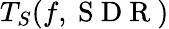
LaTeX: T_{S}(f,\mathrm{~S~D~R~})